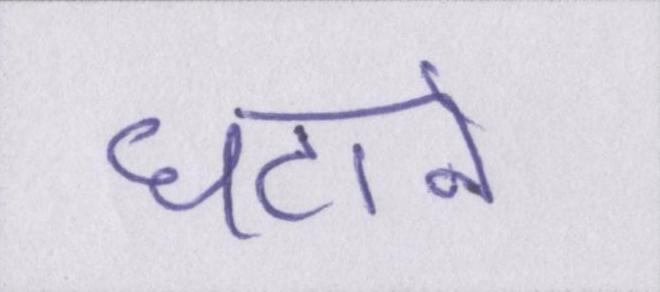
घटाने